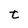
Character: t